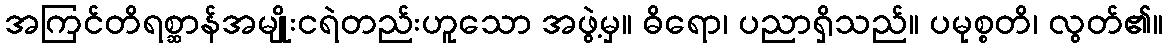
အကြင်တိရစ္ဆာန်အမျိုးငရဲတည်းဟူသော အဖွဲ့မှ။ ဓိရော၊ ပညာရှိသည်။ ပမုစ္စတိ၊ လွတ်၏။